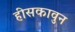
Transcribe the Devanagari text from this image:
हीसकावुन